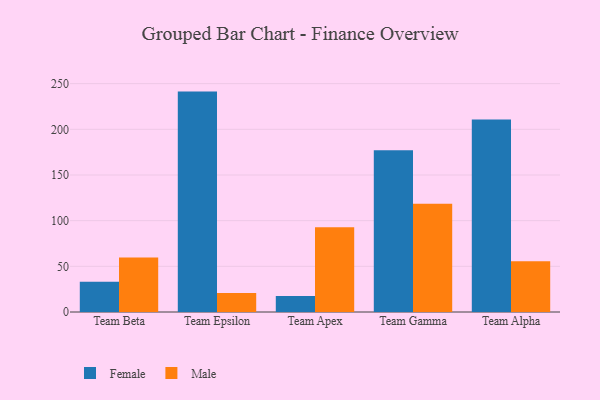
{"axis": {"x": "Team", "y": "Inventory Turnover"}, "legend": ["Female", "Male"], "data": [{"x": "Team Beta", "y": 33.1, "type": "Female"}, {"x": "Team Beta", "y": 59.6, "type": "Male"}, {"x": "Team Epsilon", "y": 241.3, "type": "Female"}, {"x": "Team Epsilon", "y": 20.7, "type": "Male"}, {"x": "Team Apex", "y": 17.4, "type": "Female"}, {"x": "Team Apex", "y": 92.9, "type": "Male"}, {"x": "Team Gamma", "y": 177.0, "type": "Female"}, {"x": "Team Gamma", "y": 118.4, "type": "Male"}, {"x": "Team Alpha", "y": 210.7, "type": "Female"}, {"x": "Team Alpha", "y": 55.6, "type": "Male"}]}